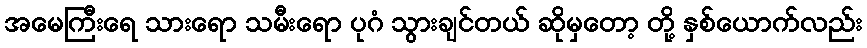
အမေကြီးရေ သားရော သမီးရော ပုဂံ သွားချင်တယ် ဆိုမှတော့ တို့ နှစ်ယောက်လည်း